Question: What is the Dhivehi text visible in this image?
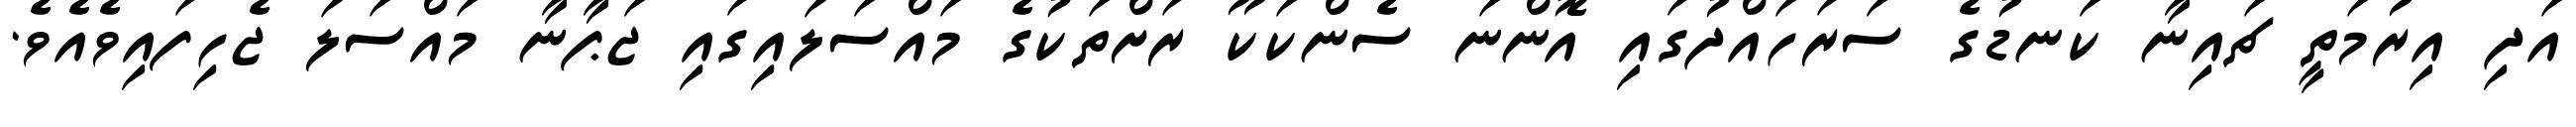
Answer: އަދި އިރުމަތީ ޗައިނާ ކަނޑުގެ ސަރަހައްދުގައި އޮންނަ ސެންކަކޫ ރަށްތަކުގެ މައްސަލައިގައި ޖަޕާނާ މައްސަލަ ޖެހިފައިވެއެވެ.